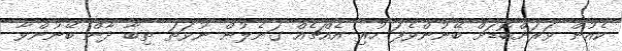
ކެއުން ވަރަށްބޮޑަށް ބޭނުންވެފަ ހުރި އެއްޗެއް ގަނެލުން ނުވަތަ ތިބާ ދާން ބޭނުންވާ